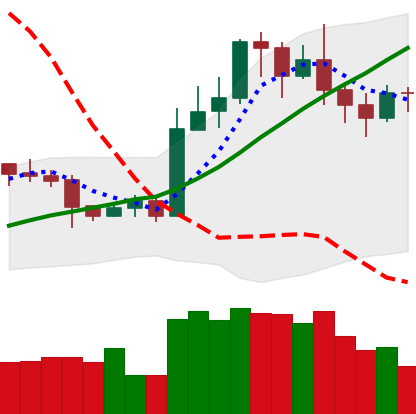
Ticker: LTC-USD
Chart end date: 2020-11-01
Forward return: 13.57%
Label: up_7plus